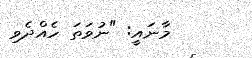
މާނައީ: "ނުވަތަ ހެއްދެވި